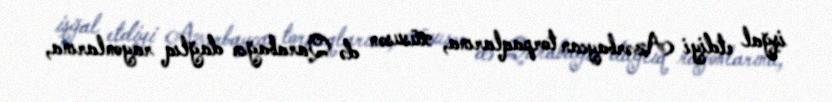
işğal etdiyi Azərbaycan torpaqlarına, xüsusən də Qarabağın dağlıq rayonlarına,